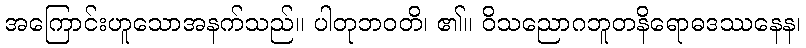
အကြောင်းဟူသောအနက်သည်။ ပါတုဘဝတိ၊ ၏။ ဝိသညောဂဘူတနိရောဓဒဿနေန၊